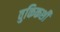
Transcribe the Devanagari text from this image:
वुकिकशी